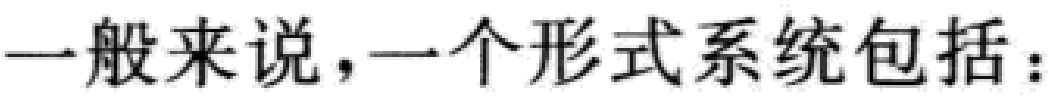
一般来说，一个形式系统包括：